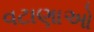
વટાણાઓ